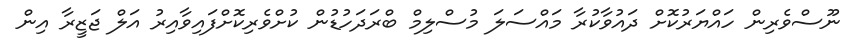
ނޫސްވެރިން ހައްޔަރުކޮށް ދައުވާކުރާ މައްސަލަ މުސްލިމް ބްރަދަހުޑުން ކުށްވެރިކޮށްފައިވާއިރު އަލް ޖަޒީރާ އިން